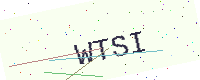
Text: WTSI